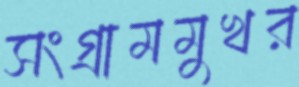
সংগ্রামমুখর